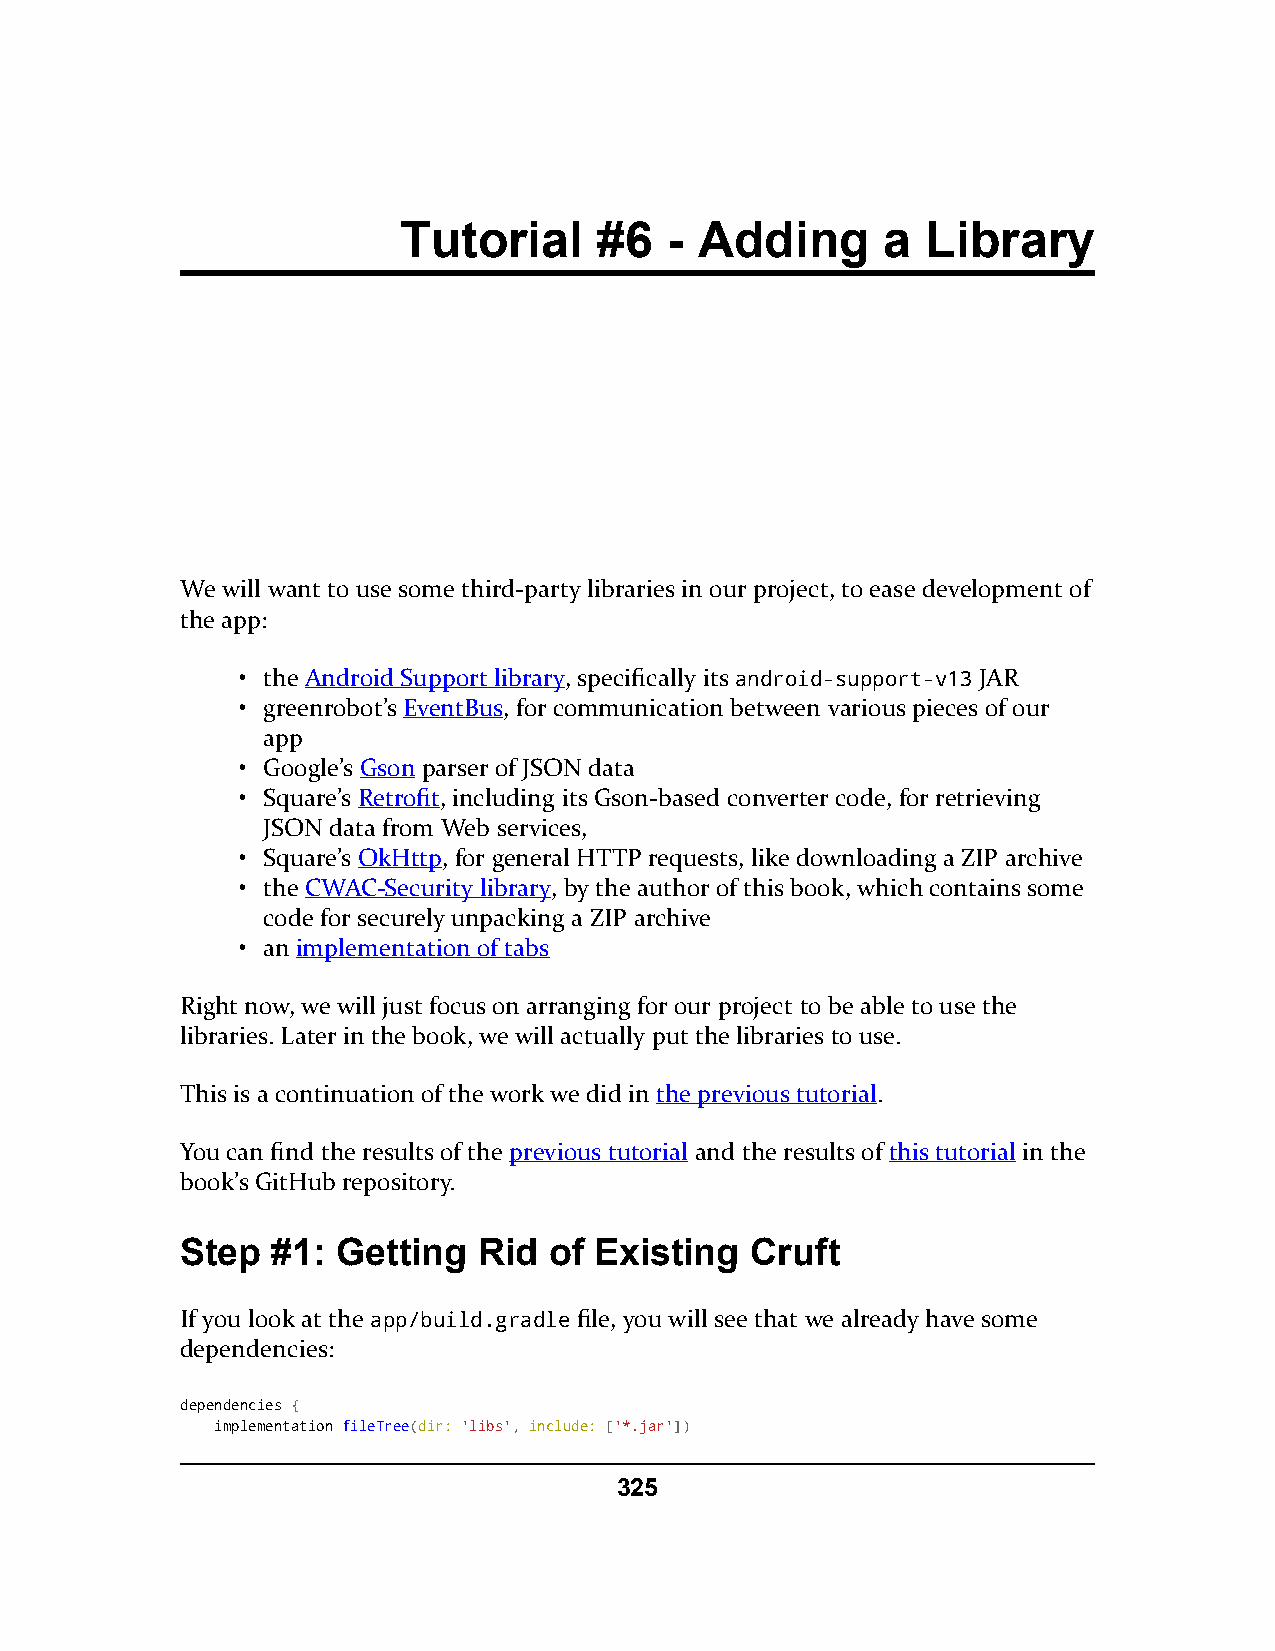
Tutorial     #6  - Adding       a Library
 We will want to use some third-party libraries in our project, to ease development of
 the app:
 • the Android Support library, specifically its android-support-v13 JAR
 • greenrobot’s EventBus, for communication between various pieces of our
 app
 • Google’s Gson parser of JSON data
 • Square’s Retrofit, including its Gson-based converter code, for retrieving
 JSON data from Web services,
 • Square’s OkHttp, for general HTTP requests, like downloading a ZIP archive
 • the CWAC-Security library, by the author of this book, which contains some
 code for securely unpacking a ZIP archive
 • an implementation of tabs
 Right now, we will just focus on arranging for our project to be able to use the
 libraries. Later in the book, we will actually put the libraries to use.
 This is a continuation of the work we did in the previous tutorial.
 You can find the results of the previous tutorial and the results of this tutorial in the
 book’s GitHub repository.
 Step  #1: Getting   Rid of Existing   Cruft
 If you look at the app/build.gradle file, you will see that we already have some
 dependencies:
 dependencies {
 implementation fileTree(dir: 'libs', include: ['*.jar'])
 325